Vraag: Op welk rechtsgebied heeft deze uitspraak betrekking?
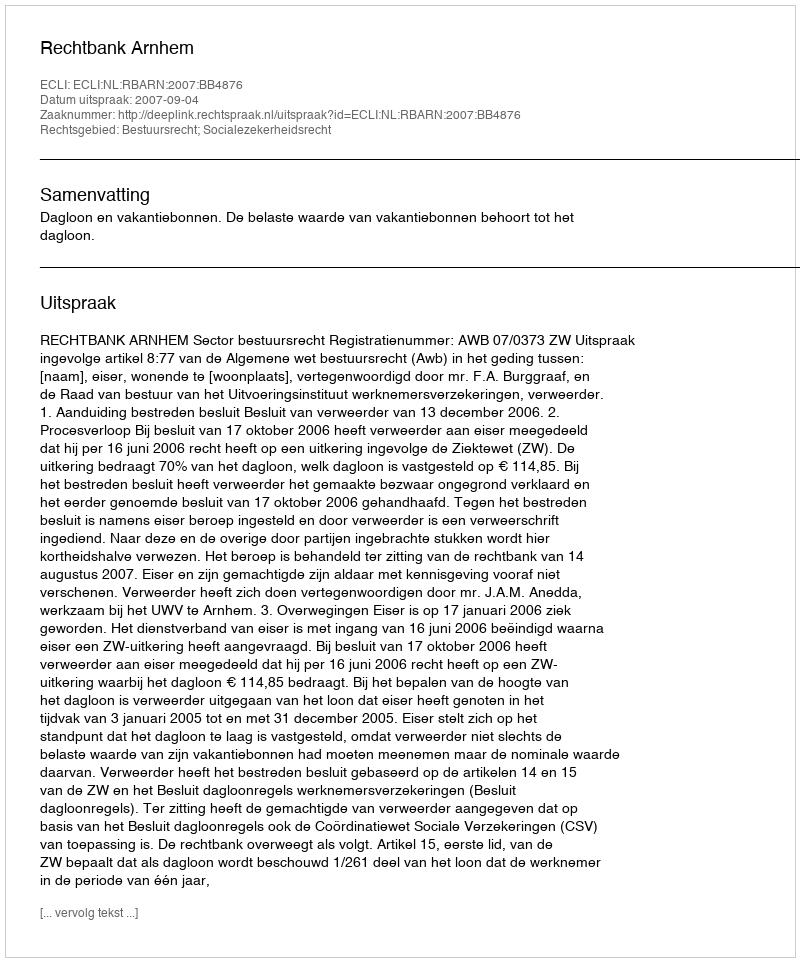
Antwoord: Bestuursrecht; Socialezekerheidsrecht